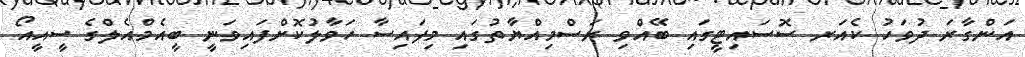
އަންގާރަ ދުވަހު ކެއަރ ސޮސައިޓީގައި ބޭއްވި ރަސްމިއްޔާތުގައި މިފައިސާ ހަވާލުކޮށްފައިވަނީ ބީއެމްއެލްގެ ސީއީއޯ